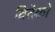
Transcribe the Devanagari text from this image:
विदेको